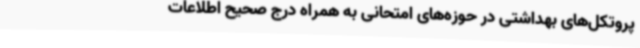
پروتکل‌های بهداشتی در حوزه‌های امتحانی به همراه درج صحیح اطلاعات